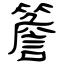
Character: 簷